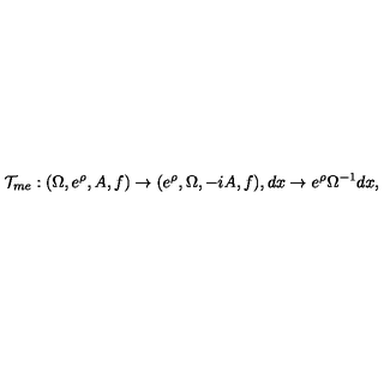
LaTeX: { \cal T } _ { m e } : ( \Omega , e ^ { \rho } , A , f ) \rightarrow ( e ^ { \rho } , \Omega , - i A , f ) , d x \rightarrow e ^ { \rho } \Omega ^ { - 1 } d x ,